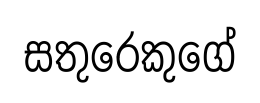
සතුරෙකුගේ